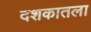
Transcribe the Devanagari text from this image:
दशकातला